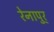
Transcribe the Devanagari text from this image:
रेनापुर्